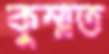
কুম্মত